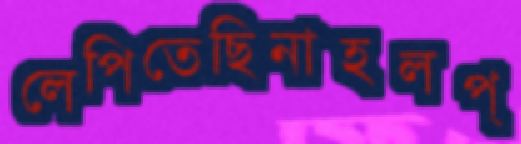
লেপিতেছিনাহলপ্